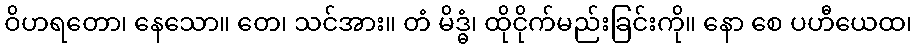
ဝိဟရတော၊ နေသော။ တေ၊ သင်အား။ တံ မိဒ္ဓံ၊ ထိုငိုက်မည်းခြင်းကို။ နော စေ ပဟီယေထ၊